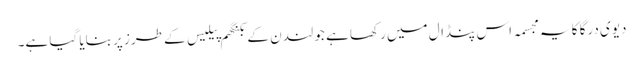
دیوی درگا کا یہ مجسمہ اس پنڈال میں رکھا ہے جو لندن کے بکنگھم پیلیس کے طرز پر بنایا گیا ہے۔